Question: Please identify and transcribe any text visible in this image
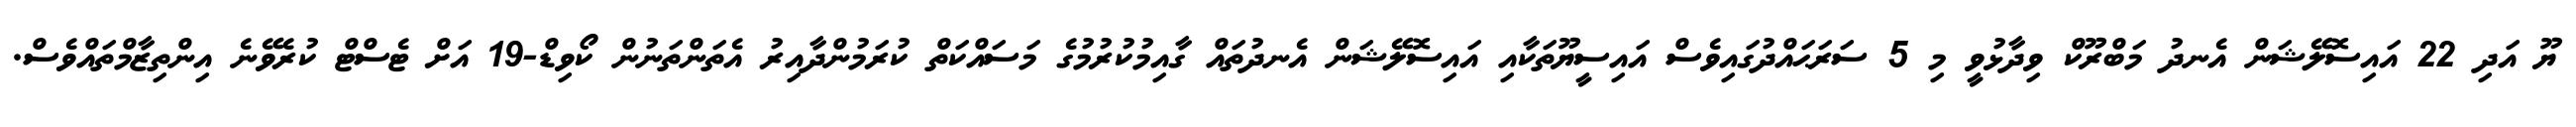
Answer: ޔޫ އަދި 22 އައިސޮލޭޝަން އެނދު މަބްރޫކް ވިދާޅުވީ މި 5 ސަރަޙައްދުގައިވެސް އައިސީޔޫތަކާއި އައިސޮލޭޝަން އެނދުތައް ގާއިމުކުރުމުގެ މަސައްކަތް ކުރަމުންދާއިރު އެތަންތަނުން ކޯވިޑް-19 އަށް ޓެސްޓް ކުރެވޭނެ އިންތިޒާމްތައްވެސް.